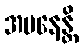
အပနေန္တိ